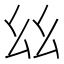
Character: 𢆶